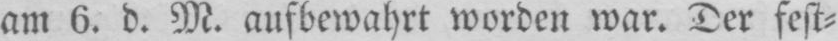
am 6. d. M. aufbewahrt worden war. Der fest⸗